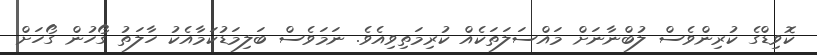
ކޮވިޑްގެ ކުރިންވެސް ލުބްނާނަށް މައްސަލަތަކެއް ކުރިމަތިވިއެވެ. ނަމަވެސް ބަލިމަޑުކަމާއެކު ހާލަތު ގޯހުން ގޯހަށް